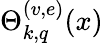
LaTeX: \Theta_{k,q}^{(v,e)}(x)